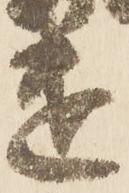
遣